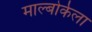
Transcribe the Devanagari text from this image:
माल्बोर्कला